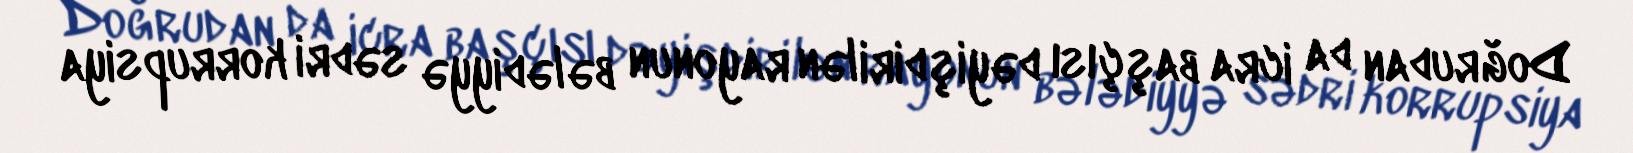
Doğrudan da icra başçısı dəyişdirilən rayonun bələdiyyə sədri korrupsiya